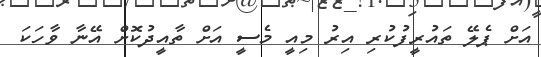
އަށް ޕެލޭ ތައުރީފުކުރި އިރު މިއީ މެސީ އަށް ތާއީދުކޮށް އޭނާ ވާހަކަ